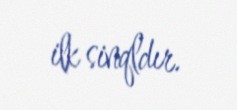
ilk sinqldır.